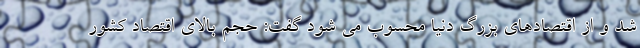
شد و از اقتصادهای بزرگ دنیا محسوب می شود گفت: حجم بالای اقتصاد کشور